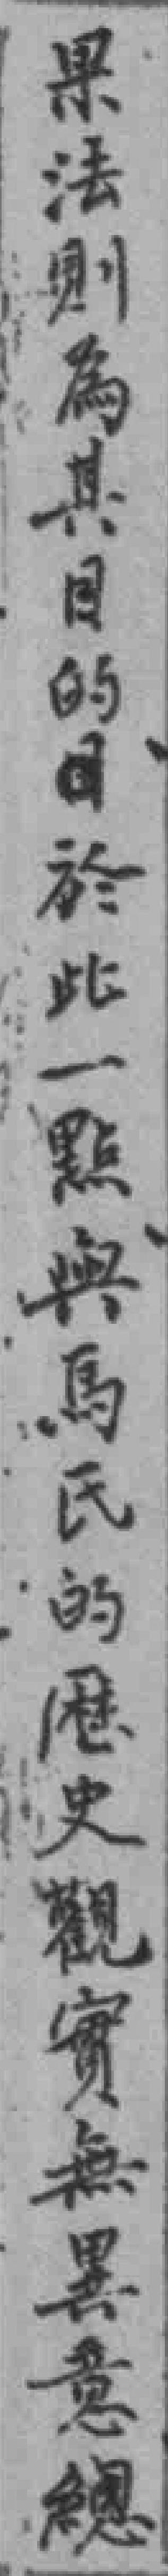
果法則為其目的*於此一點與馬氏的歷史觀實無異意總